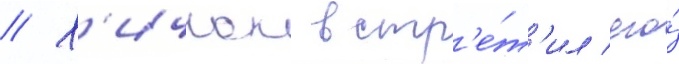
// Х'ичкок встр'е́т'ил его́